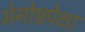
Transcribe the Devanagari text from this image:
भेगोष्ठपेक्षा